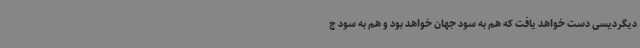
دیگردیسی دست خواهد یافت که هم به سود جهان خواهد بود و هم به سود ج